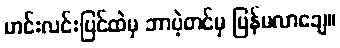
ဟင်းလင်းပြင်ထဲမှ ဘာပဲ့တင်မှ ပြန်မလာချေ။